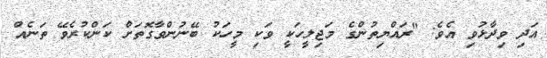
އަދި ވިދާޅުވި އެވެ: "ރައްޔިތުންގެ މަޖިލީހަކީ ވަކި މީހަކު ބޭނުންވާގޮތަށް ކަންކުރެވޭ ތަނެއް